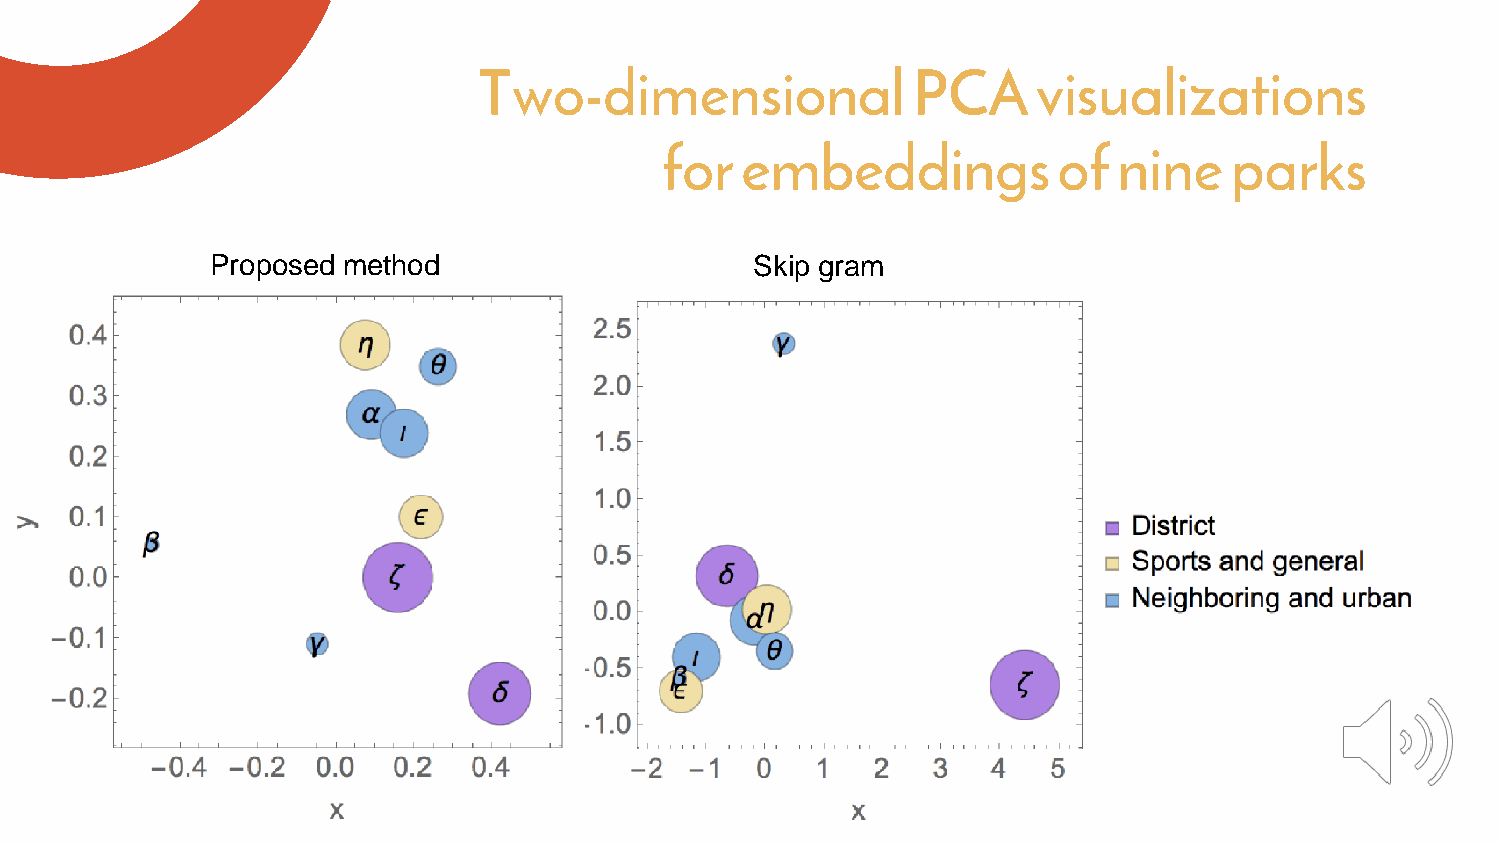
Two-dimensional             PCA      visualizations
 for  embeddings           of  nine   parks
 Proposed method                     Skip gram